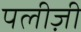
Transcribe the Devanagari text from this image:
पलीज़ी